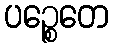
ပဉ္စေတေ